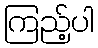
ကြည့်ပါ